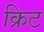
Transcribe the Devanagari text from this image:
क्रिट